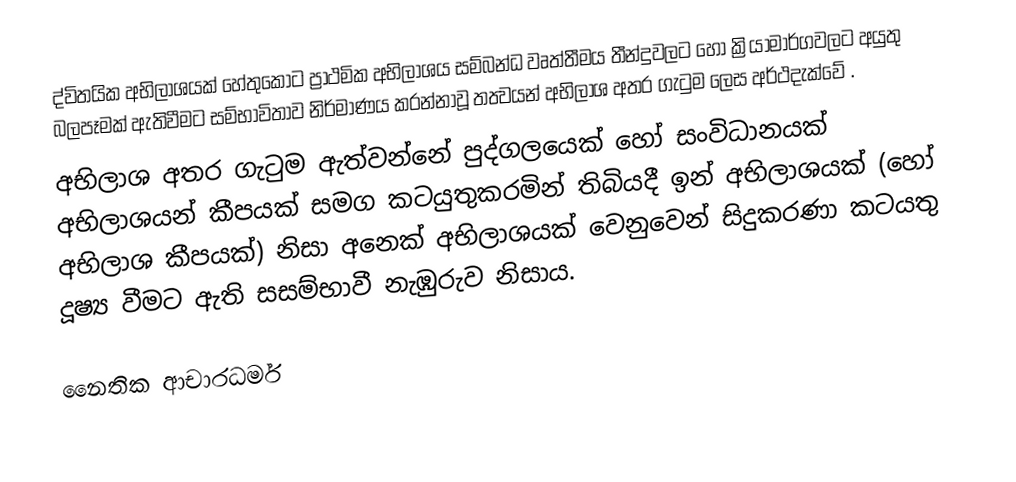
ද්විතයික අභිලාශයක් හේතුකොට ප්‍රාථමික අභිලාශය සම්බන්ධ වෘත්තීමය තීන්දුවලට හෝ ක්‍රියාමාර්ගවලට අයුතු බලපෑමක් ඇතිවීමට සම්භාවිතාව නිර්මාණය කරන්නාවූ තත්‍වයන් අභිලාශ අතර ගැටුම ලෙස අර්ථදැක්වේ  .
අභිලාශ අතර ගැටුම ඇත්වන්නේ පුද්ගලයෙක් හෝ සංවිධානයක් අභිලාශයන් කීපයක් සමග කටයුතුකරමින් තිබියදී ඉන් අභිලාශයක් (හෝ අභිලාශ කීපයක්) නිසා අනෙක් අභිලාශයක් වෙනුවෙන් සිදුකරණා කටයතු දූෂ්‍ය වීමට ඇති සසම්භාවී නැඹුරුව නිසාය.

නෛතික ආචාරධර්ම